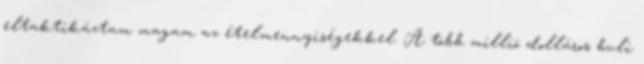
eltaktikáztam magam az ételmennyiségekkel. A több millió dolláros buli